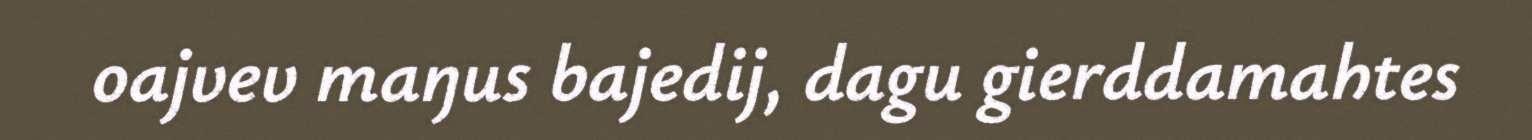
oajvev maŋus bajedij, dagu gierddamahtes